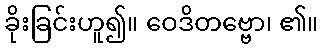
ခိုးခြင်းဟူ၍။ ဝေဒိတဗ္ဗော၊ ၏။